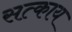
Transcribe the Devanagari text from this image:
सत्काय